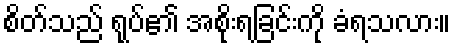
စိတ်သည် ရုပ်၏ အစိုးရခြင်းကို ခံရသလား။